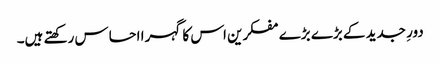
دورِ جدید کے بڑے بڑے مفکرین اس کا گہرا احساس رکھتے ہیں۔